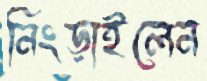
নিংড়াইলেন